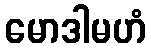
မောဒါမဟံ